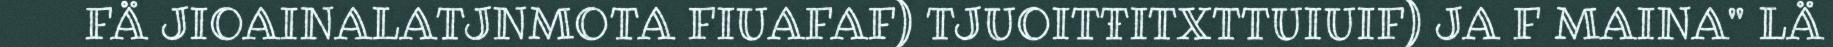
FÄ JIOAINALATJNMOTA FIUAFAF) TJUOITŦITXTTUIUIF) JA F MAINA" LÄ